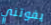
يفوتني